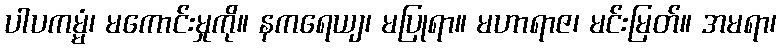
ပါပကမ္မံ၊ မကောင်းမှုကို။ နကရေယျ၊ မပြုရာ။ မဟာရာဇ၊ မင်းမြတ်။ အမရာ၊